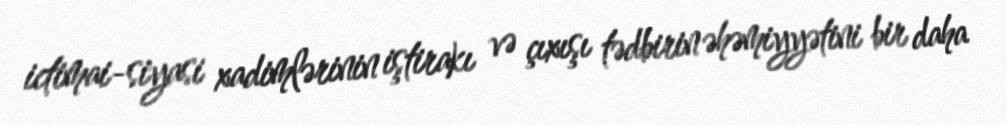
ictimai-siyasi xadimlərinin iştirakı və çıxışı tədbirin əhəmiyyətini bir daha